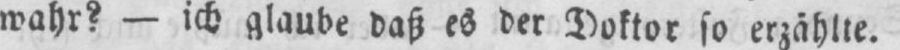
wahr? - ich glaube daß es der Doktor so erzählte.